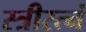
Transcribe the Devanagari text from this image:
स्त्रीरत्नं